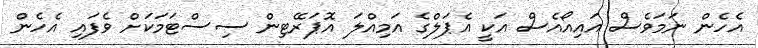
އެހެން ނަމަވެސް އައިއޯއެސް އަކީ އެޕަލްގެ އަމިއްލަ އޮޕަރޭޓިން ސިސްޓަމަކަށް ވެފައި އެހެން